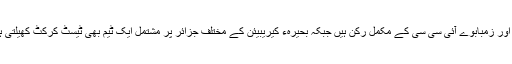
براعظم افریقہ میں جنوبی افریقہ اور زمبابوے آئی سی سی کے مکمل رکن ہیں جبکہ بحیرہء کیریبیئن کے مختلف جزائر پر مشتمل ایک ٹیم بھی ٹیسٹ کرکٹ کھیلتی ہے، جو ویسٹ انڈیز کہلاتی ہے۔